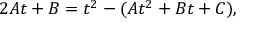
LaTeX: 2 A t + B = t ^ { 2 } - ( A t ^ { 2 } + B t + C ) ,